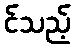
င်သည့်